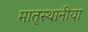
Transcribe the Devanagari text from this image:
मातृस्थानीया